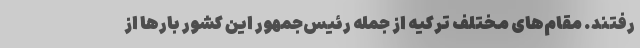
رفتند. مقام‌های مختلف ترکیه از جمله رئیس‌جمهور این کشور بارها از